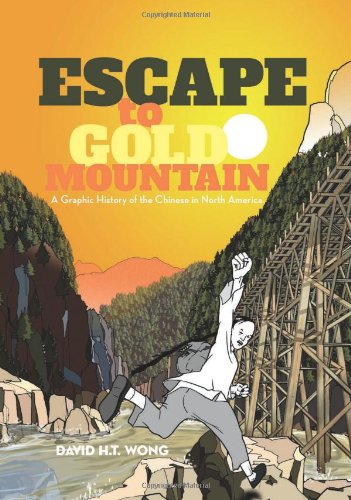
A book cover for Escape to Gold Mountain: A Graphic History of the Chinese in North America; David H.T. Wong; Children's Books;